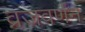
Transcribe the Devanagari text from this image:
व्रजवर्णन